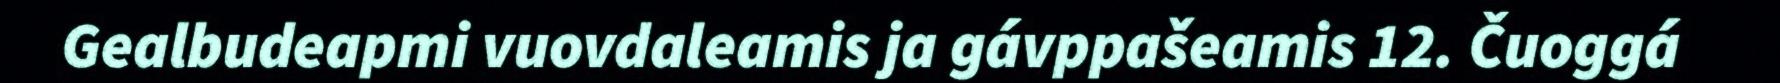
Gealbudeapmi vuovdaleamis ja gávppašeamis 12. Čuoggá